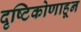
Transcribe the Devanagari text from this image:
दृष्टिकोणाहून